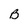
Character: B